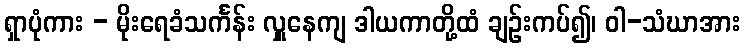
ရှာပုံကား - မိုးရေခံသင်္ကန်း လှူနေကျ ဒါယကာတို့ထံ ချဉ်းကပ်၍၊ ဝါ-သံဃာအား